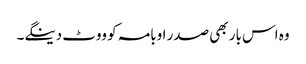
وہ اس بار بھی صدر اوبامہ کو ووٹ دینگے۔